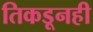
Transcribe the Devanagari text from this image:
तिकडूनही